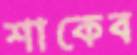
শাকেব